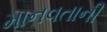
માનવતાની